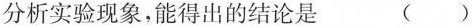
分析实验现象，能得出的结论是 ()